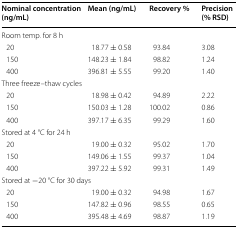
<table><thead><tr><td><b>Nominal concentration (ng/mL)</b></td><td><b>Mean (ng/mL)</b></td><td><b>Recovery %</b></td><td><b>Precision (% RSD)</b></td></tr></thead><tbody><tr><td colspan="4">Room temp. for 8 h</td></tr><tr><td> 20</td><td>18.77 ± 0.58</td><td>93.84</td><td>3.08</td></tr><tr><td> 150</td><td>148.23 ± 1.84</td><td>98.82</td><td>1.24</td></tr><tr><td> 400</td><td>396.81 ± 5.55</td><td>99.20</td><td>1.40</td></tr><tr><td colspan="4">Three freeze–thaw cycles</td></tr><tr><td> 20</td><td>18.98 ± 0.42</td><td>94.89</td><td>2.22</td></tr><tr><td> 150</td><td>150.03 ± 1.28</td><td>100.02</td><td>0.86</td></tr><tr><td> 400</td><td>397.17 ± 6.35</td><td>99.29</td><td>1.60</td></tr><tr><td colspan="4">Stored at 4 °C for 24 h</td></tr><tr><td> 20</td><td>19.00 ± 0.32</td><td>95.02</td><td>1.70</td></tr><tr><td> 150</td><td>149.06 ± 1.55</td><td>99.37</td><td>1.04</td></tr><tr><td> 400</td><td>397.22 ± 5.92</td><td>99.31</td><td>1.49</td></tr><tr><td colspan="4">Stored at −20 °C for 30 days</td></tr><tr><td> 20</td><td>19.00 ± 0.32</td><td>94.98</td><td>1.67</td></tr><tr><td> 150</td><td>147.82 ± 0.96</td><td>98.55</td><td>0.65</td></tr><tr><td> 400</td><td>395.48 ± 4.69</td><td>98.87</td><td>1.19</td></tr></tbody></table>